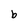
Character: b